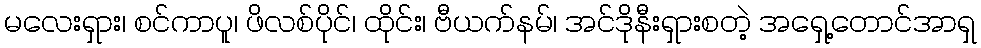
မလေးရှား၊ စင်ကာပူ၊ ဖိလစ်ပိုင်၊ ထိုင်း၊ ဗီယက်နမ်၊ အင်ဒိုနီးရှားစတဲ့ အရှေ့တောင်အာရှ